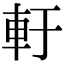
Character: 𨊱